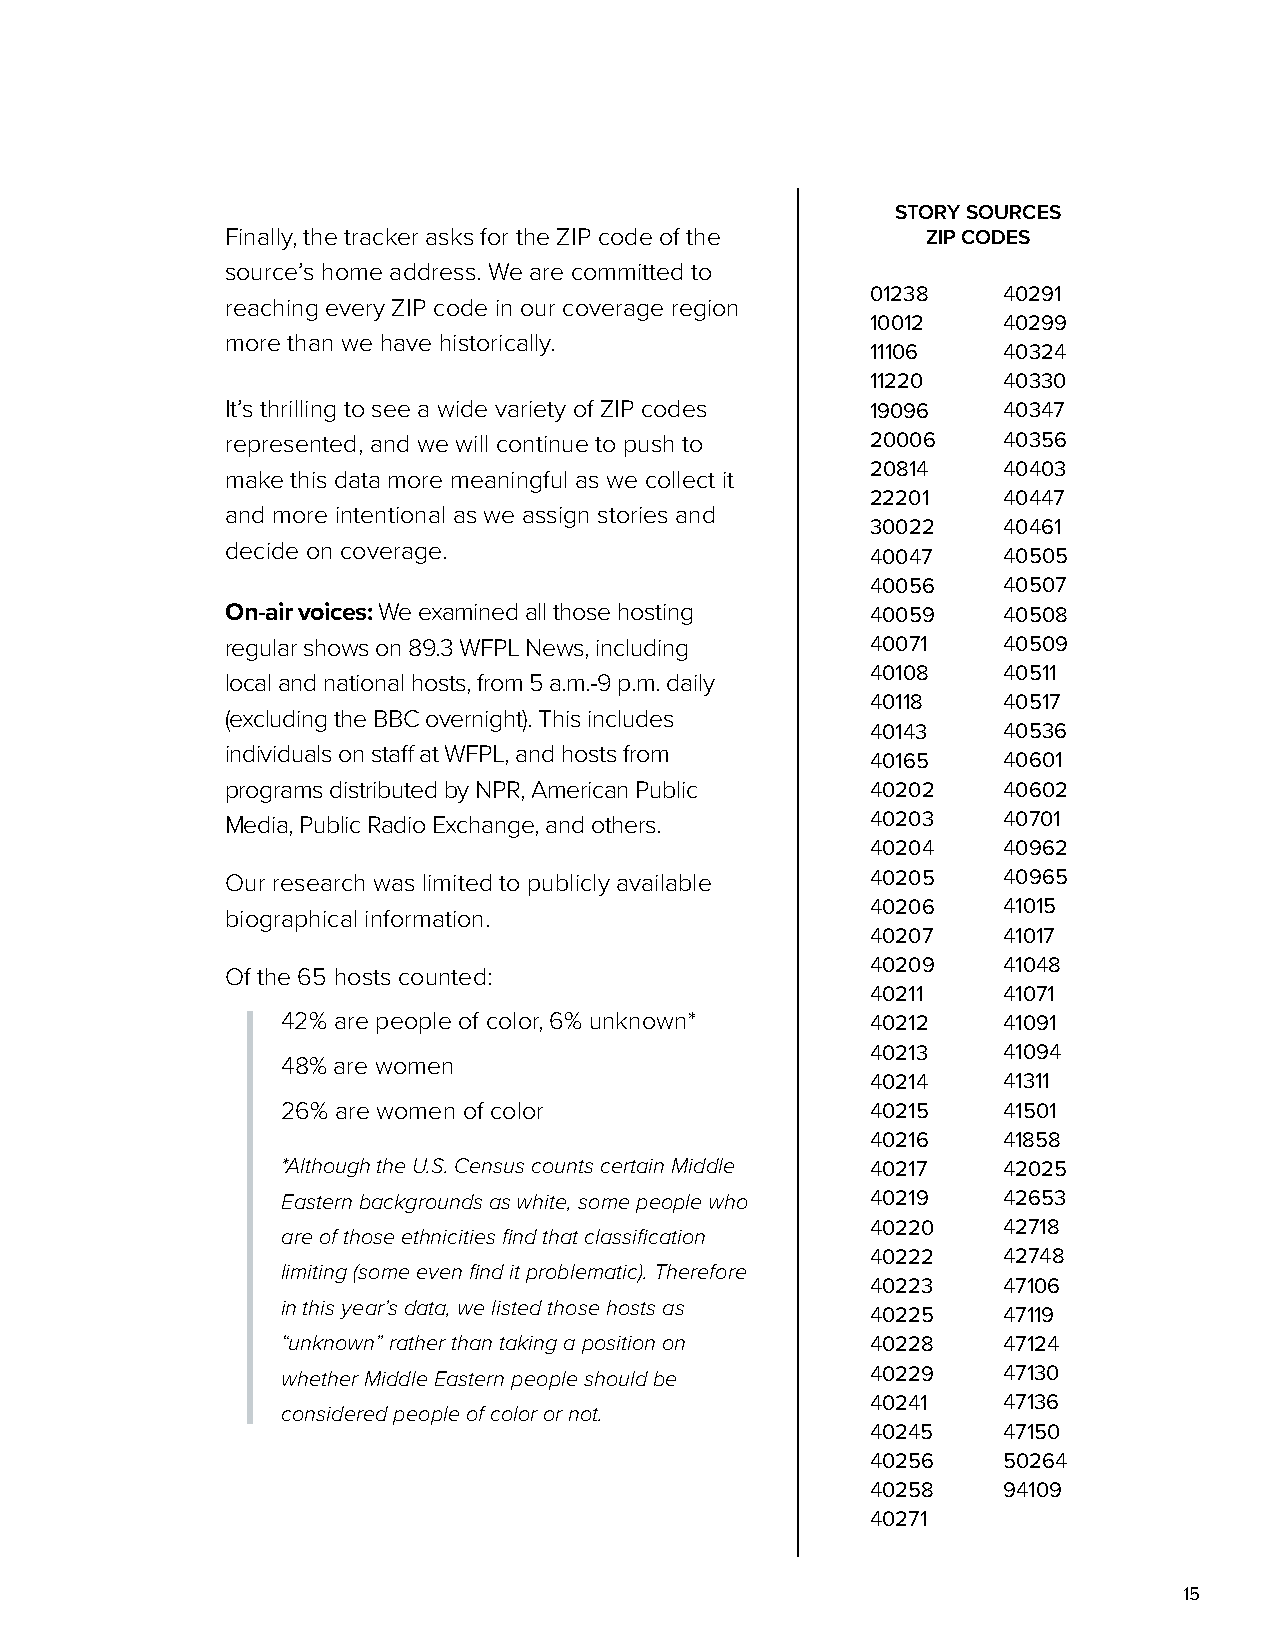
STORY SOURCES
 Finally, the tracker asks for the ZIP code of the ZIP CODES
 source’s home address. We are committed to
 01238   40291
 reaching every ZIP code in our coverage region
 10012   40299
 more than we have historically.
 11106   40324
 11220   40330
 It’s thrilling to see a wide variety of ZIP codes 19096 40347
 represented, and we will continue to push to 20006 40356
 20814   40403
 make this data more meaningful as we collect it
 22201   40447
 and more intentional as we assign stories and
 30022   40461
 decide on coverage.
 40047   40505
 40056   40507
 On-air voices: We examined all those hosting 40059 40508
 regular shows on 89.3 WFPL News, including 40071   40509
 40108   40511
 local and national hosts, from 5 a.m.-9 p.m. daily
 40118   40517
 (excluding the BBC overnight). This includes
 40143   40536
 individuals on staff at WFPL, and hosts from
 40165   40601
 programs distributed by NPR, American Public 40202 40602
 Media, Public Radio Exchange, and others.  40203   40701
 40204   40962
 Our research was limited to publicly available 40205 40965
 40206   41015
 biographical information.
 40207   41017
 40209   41048
 Of the 65 hosts counted:
 40211   41071
 42% are people of color, 6% unknown*   40212   41091
 40213   41094
 48% are women
 40214   41311
 26% are women of color                 40215   41501
 40216   41858
 *Although the U.S. Census counts certain Middle 40217 42025
 Eastern backgrounds as white, some people who 40219 42653
 40220   42718
 are of those ethnicities find that classification
 40222   42748
 limiting (some even find it problematic). Therefore
 40223   47106
 in this year’s data, we listed those hosts as
 40225   47119
 “unknown” rather than taking a position on 40228 47124
 whether Middle Eastern people should be 40229  47130
 40241   47136
 considered people of color or not.
 40245   47150
 40256   50264
 40258   94109
 40271
 15